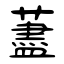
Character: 藎